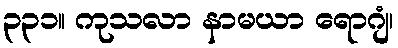
၃၃၁။ ကုသလာ နာမယာ ရောဂျံ၊